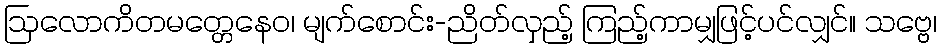
ဩလောကိတမတ္တေနေဝ၊ မျက်စောင်း-ညိတ်လှည့် ကြည့်ကာမျှဖြင့်ပင်လျှင်။ သဗ္ဗေ၊